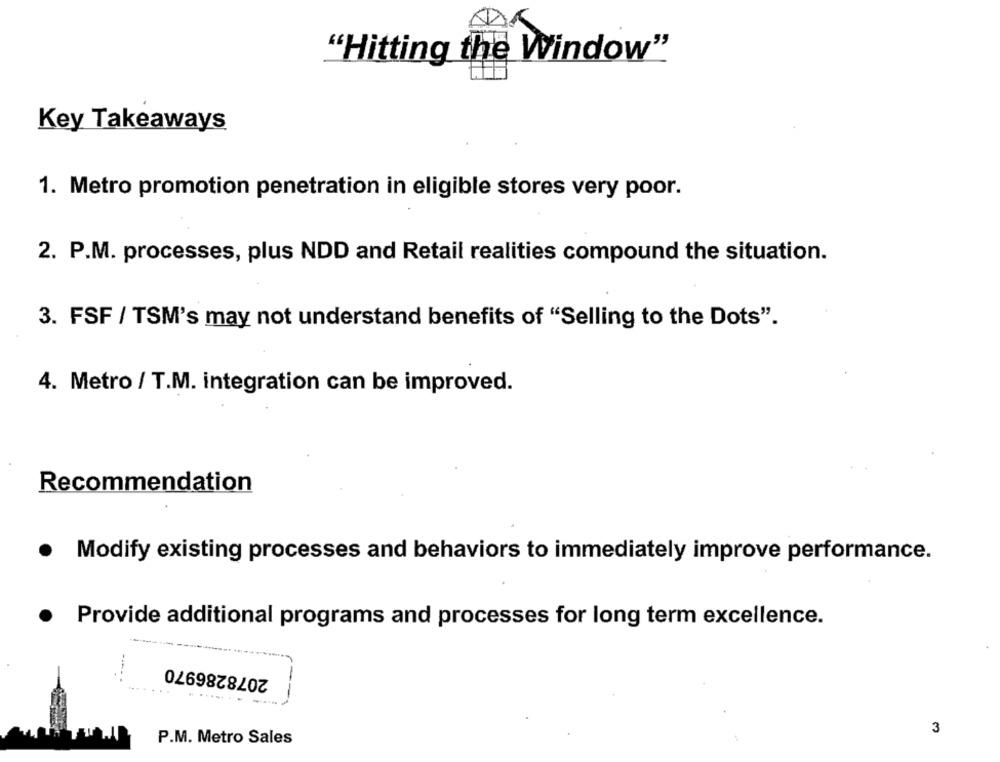
"Hitting the Window"
Key Takeaways
1. Metro promotion penetration in eligible stores very poor.
2. P.M. processes, plus NDD and Retail realities compound the situation.
3. FSF / TSM's may not understand benefits of "Selling to the Dots".
4. Metro / T.M. integration can be improved.
Recommendation
Modify existing processes and behaviors to immediately improve performance.
Provide additional programs and processes for long term excellence.
2078286970
.... .
3
P.M. Metro Sales